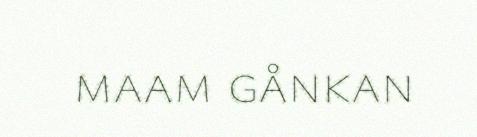
maam gånkan